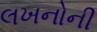
લખનોની